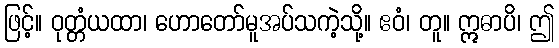
ဖြင့်။ ဝုတ္တံယထာ၊ ဟောတော်မူအပ်သကဲ့သို့။ ဧဝံ၊ တူ။ ဣဓာပိ၊ ဤ